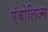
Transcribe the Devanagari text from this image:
एंबोलिज्म